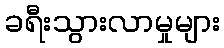
ခရီးသွားလာမှုများ